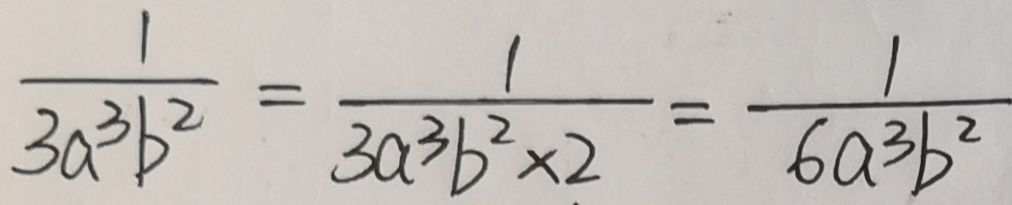
\frac { 1 } { 3 a ^ { 3 } b ^ { 2 } } = \frac { 1 } { 3 a ^ { 3 } b ^ { 2 } \times 2 } = \frac { 1 } { 6 a ^ { 3 } b ^ { 2 } }